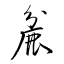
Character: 麄